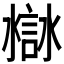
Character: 𧩁